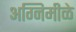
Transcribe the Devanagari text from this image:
अग्निमीळे